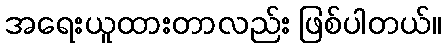
အရေးယူထားတာလည်း ဖြစ်ပါတယ်။